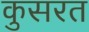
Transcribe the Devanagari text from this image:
कुसरत